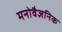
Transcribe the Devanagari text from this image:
मनोवैज्ञनिक